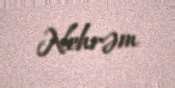
Nehrəm